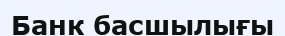
Банк басшылығы